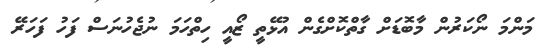
މަންމަ ނޯކަރުން މާބޮޑަށް ގާތްކޮށްގެން އުޅޭތީ ޒޯއީ ހިތްހަމަ ނުޖެހުނަސް ފަހު ފަހަރޭ